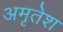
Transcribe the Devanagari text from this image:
अमृतेश